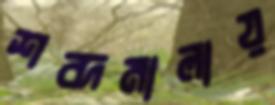
শব্দমালায়